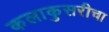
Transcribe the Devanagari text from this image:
कलाकुसरीचा